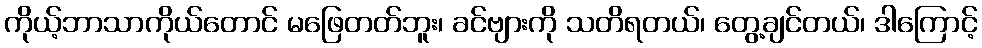
ကိုယ့်ဘာသာကိုယ်တောင် မဖြေတတ်ဘူး၊ ခင်ဗျားကို သတိရတယ်၊ တွေ့ချင်တယ်၊ ဒါကြောင့်